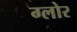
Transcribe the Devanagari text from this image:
ग्लोर